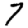
Digit: 7